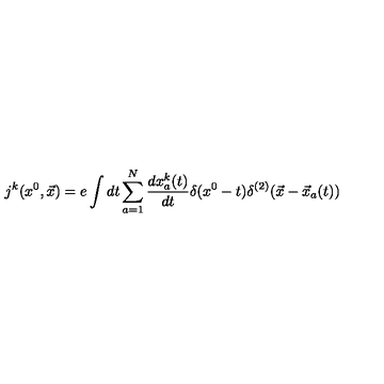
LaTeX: j ^ { k } ( x ^ { 0 } , { \vec { x } } ) = e \int d t \sum _ { a = 1 } ^ { N } \frac { d x _ { a } ^ { k } ( t ) } { d t } \delta ( x ^ { 0 } - t ) \delta ^ { ( 2 ) } ( { \vec { x } } - { \vec { x } } _ { a } ( t ) )